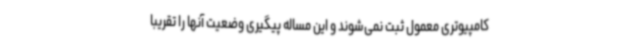
کامپیوتری معمول ثبت نمی‌شوند و این مساله پیگیری وضعیت آنها را تقریبا